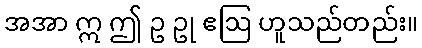
အအာ ဣ ဤ ဥ ဥု ဧဩ ဟူသည်တည်း။